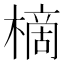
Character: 樀